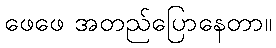
ဖေဖေ အတည်ပြောနေတာ။